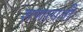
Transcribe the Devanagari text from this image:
शणागती